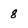
Character: 8